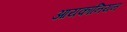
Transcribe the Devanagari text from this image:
आयकॉनियन